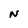
Character: N